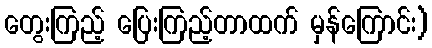
တွေးကြည့် ပြေးကြည့်တာထက် မှန်ကြောင်း)